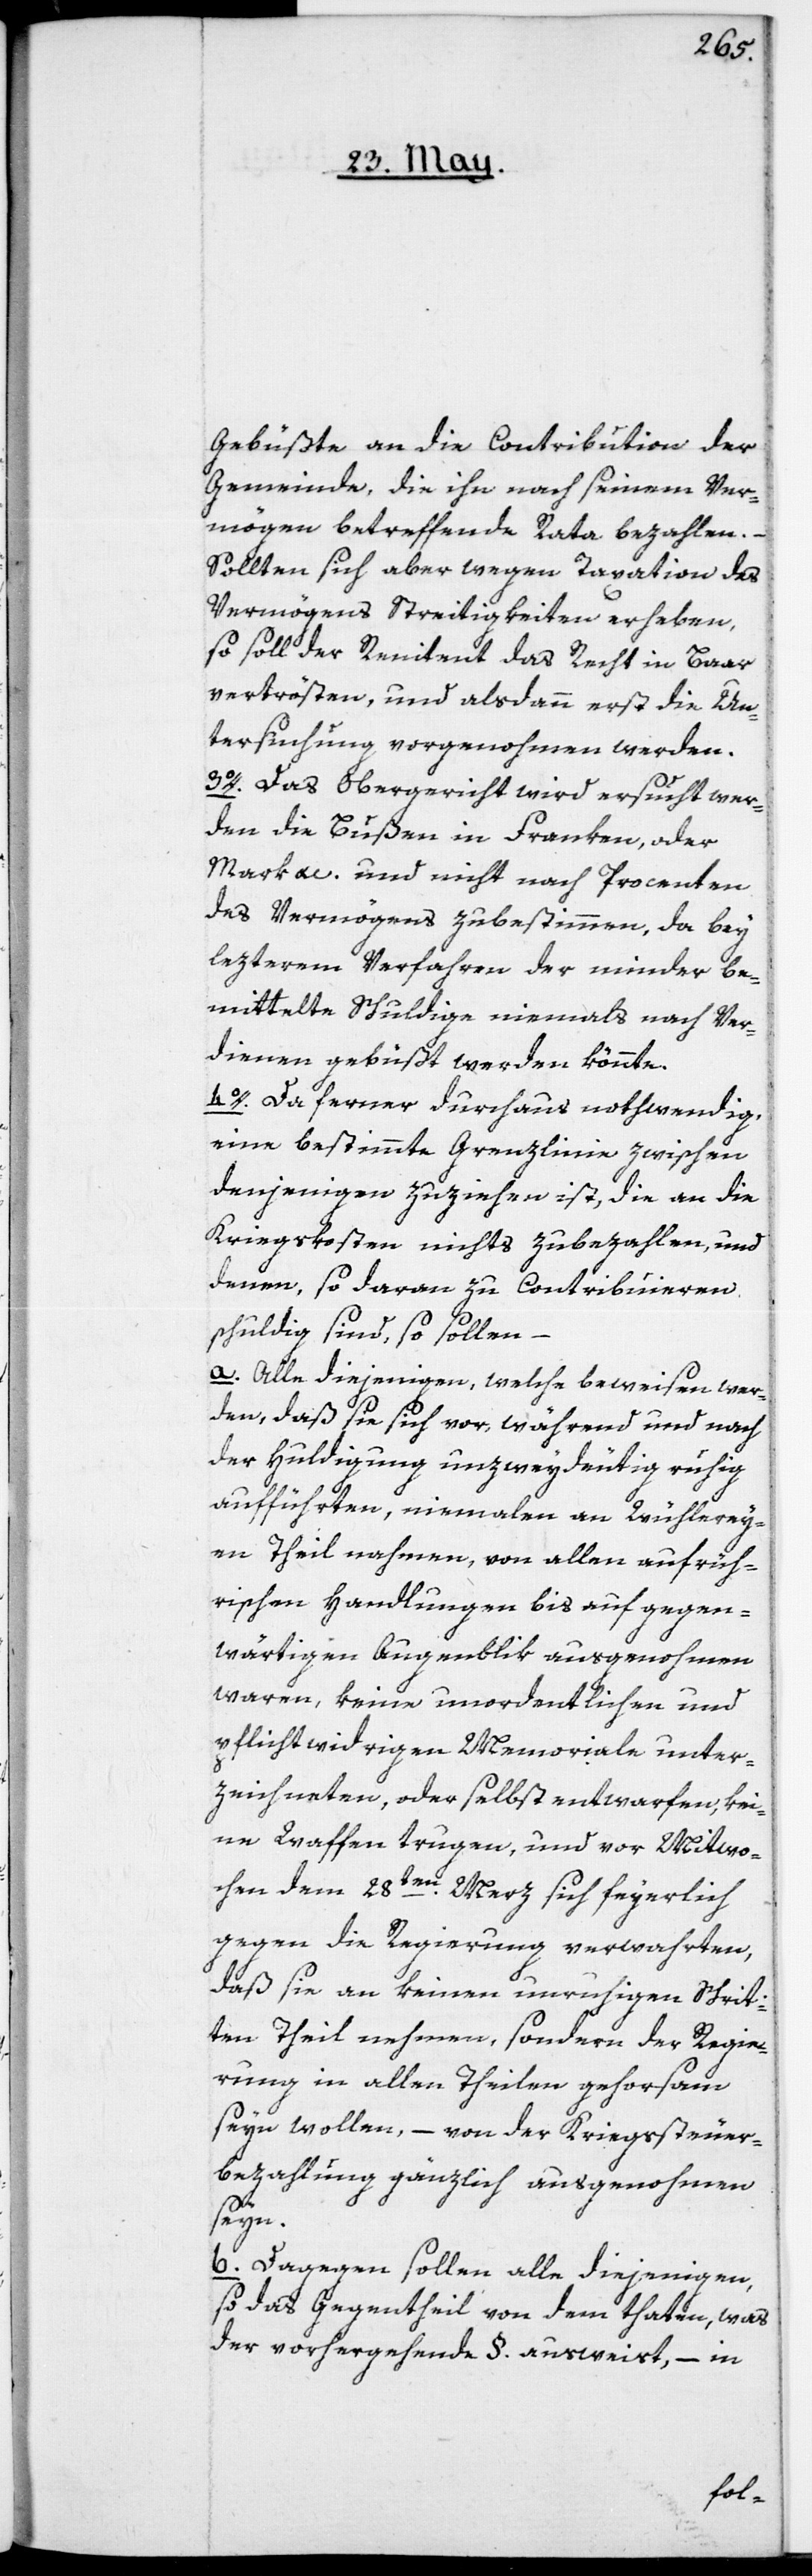
Gebüßte an die Contribution der
Gemeinde, die ihn nach seinem Ver¬
mögen betreffende Rata bezahlen.
Sollten sich aber wegen Taxation des
Vermögens Streitigkeiten erheben,
so soll der Renitent das Recht in Baar
vertrösten, und alsdann erst die Un¬
tersuchung vorgenohmen werden.
3o. Das Obergericht wird ersucht wer¬
den, die Bußen in Franken, oder
Mark e[t]c. und nicht nach Procenten
des Vermögens zubestimmen, da bey
lezterem Verfahren der minder be¬
mittelte Schuldige niemals nach Ver¬
dienen gebüßt werden könnte.
4o. Da ferner durchaus nothwendig,
eine bestimmte Grenzlinie zwischen
denjenigen zu ziehen ist, die an die
Kriegskosten nichts zubezahlen, und
denen, so deren zu Contribuieren
schuldig sind, so sollen
a. Alle diejenigen, welche beweisen wer¬
den, daß sie sich vor, während, und nach
der Huldigung unzweydeutig ruhig
aufführten, niemalen an Wühlerey¬
en Theil nahmen, von allen aufrüh¬
rischen Handlungen bis auf gegen¬
wärtigen Augenblik ausgenohmen
waren, keine unordentlichen und
pflichtwidrigen Memoriale unter¬
zeichneten, oder selbst entwarfen, kei¬
ne Waffen trugen, und vor Mittwo¬
chen dem 28ten Merz sich feyerlich
gegen die Regierung verwahrten,
daß sie an keinen unruhigen Schrit¬
ten Theil nehmen, sondern der Regie¬
rung in allen Theilen gehorsam
seyn wollen, – von der Kriegssteuer¬
bezahlung gänzlich ausgenohmen
seyn.
b. Dagegen sollen alle diejenigen,
so das Gegentheil von dem thaten, was
der vorhergehende §. ausweist, – in